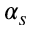
\alpha _ { s }